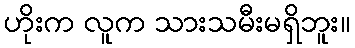
ဟိုးက လူက သားသမီးမရှိဘူး။